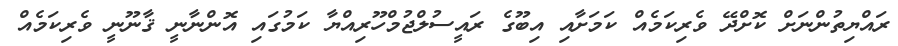
ރައްޔިތުންނަށް ކޮށްދޭ ވެރިކަމެއް ކަމަށާއި އިބޫގެ ރައީސުލްޖުމްހޫރިއްޔާ ކަމުގައި އޮންނާނީ ޤާނޫނީ ވެރިކަމެއް